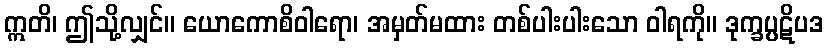
ဣတိ၊ ဤသို့လျှင်။ ယောကောစိဝါရော၊ အမှတ်မထား တစ်ပါးပါးသော ဝါရကို။ ဒုက္ခပ္ပဋိပဒ